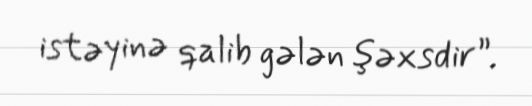
istəyinə qalib gələn şəxsdir”.